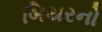
બિયરનો